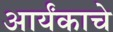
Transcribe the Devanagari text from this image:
आर्यंकाचे